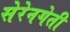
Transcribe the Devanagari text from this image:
सेरेनगेती